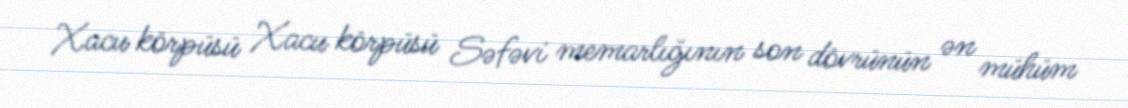
Xacu körpüsü Xacu körpüsü Səfəvi memarlığının son dövrünün ən mühüm